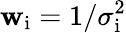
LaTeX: \mathbf{w}_{\mathrm{{i}}}=1/\sigma_{\mathrm{{i}}}^{2}